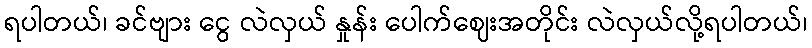
ရပါတယ်၊ ခင်ဗျား ငွေ လဲလှယ် နှုန်း ပေါက်ဈေးအတိုင်း လဲလှယ်လို့ရပါတယ်၊